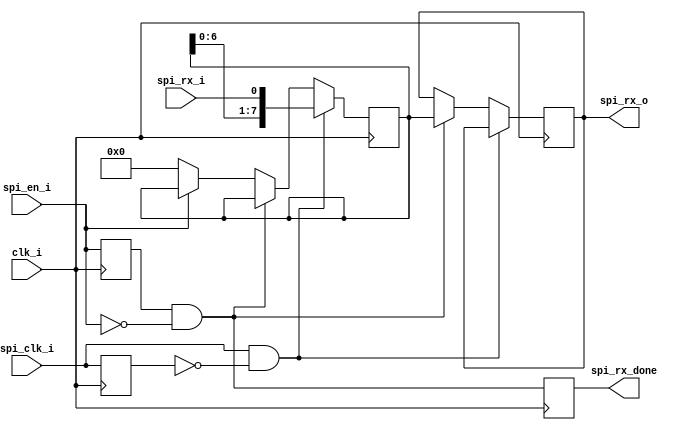
module master_spi_rx#
    (
        parameter CPOL = 1'b0,
        parameter CPHA = 1'b0
    ) ( 
        input clk_i,
        input spi_rx_i,//SPI  MISO
        input spi_clk_i,
        input spi_en_i,
        output reg [7:0] spi_rx_o,
        output reg spi_rx_done
      );
    
    // spi_en_i  1 SPI   spi_en_i  1  0 
    // reg [7:0] spi_rx = 8'd0;
    // reg spi_rx_done = 1'b0;
    reg spi_en_r = 1'b0;
    reg [7:0] rx = 7'd0;

    wire spi_rx_end = (spi_en_r && spi_en_i == 1'b0);

    always @(posedge clk_i) begin
        spi_en_r <= spi_en_i;
        spi_rx_done <= spi_rx_end;
    end
    reg spi_clk_r = 1'b0;
    wire spi_clkp = spi_clk_i&&(spi_clk_r==1'b0);
    wire spi_clkn = spi_clk_r&&(spi_clk_i==1'b0);
    always @(posedge clk_i) begin
        spi_clk_r <= spi_clk_i;
    end
    //SPI 
    reg spi_cap = 1'b0;
    always @(*) begin
        if(CPHA) begin //
            if(CPOL)
                spi_cap = spi_clkp;
            else
                spi_cap = spi_clkn;
        end
        else begin //
            if(CPOL)
                spi_cap = spi_clkn;
            else
                spi_cap = spi_clkp;
        end
    end
    // spi_en  0  
    always @(posedge clk_i) begin
        if(spi_cap)//
            rx <= {rx[6:0],spi_rx_i};//
        else if(spi_rx_end)// 
            spi_rx_o <= rx;
        else if(!spi_en_i)//
            rx <= 8'd0;
    end
endmodule